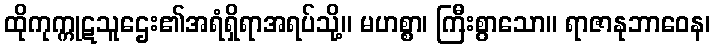
ထိုကုက္ကုဋသူဌေး၏အရံရှိရာအရပ်သို့။ မဟစ္စာ၊ ကြီးစွာသော။ ရာဇာနုဘာဝေန၊